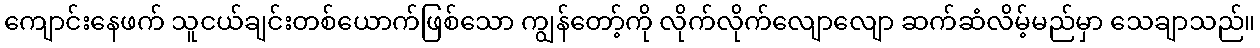
ကျောင်းနေဖက် သူငယ်ချင်းတစ်ယောက်ဖြစ်သော ကျွန်တော့်ကို လိုက်လိုက်လျောလျော ဆက်ဆံလိမ့်မည်မှာ သေချာသည်။